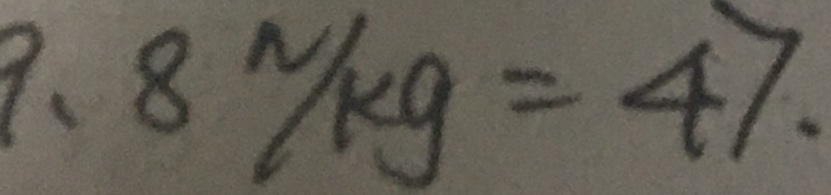
9 . 8 N / k g = 4 7 .